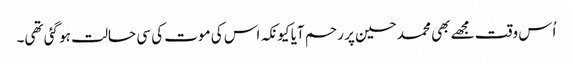
اُس وقت مجھے بھی محمد حسین پر رحم آیا کیونکہ اس کی موت کی سی حالت ہو گئی تھی۔